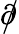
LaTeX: \partial\! \! \! {\big/}